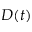
D ( t )